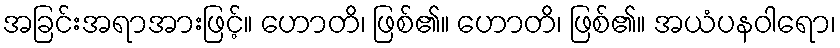
အခြင်းအရာအားဖြင့်။ ဟောတိ၊ ဖြစ်၏။ ဟောတိ၊ ဖြစ်၏။ အယံပနဝါရော၊